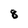
Character: 8